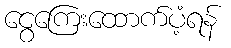
ငွေကြေးထောက်ပံ့ရန်